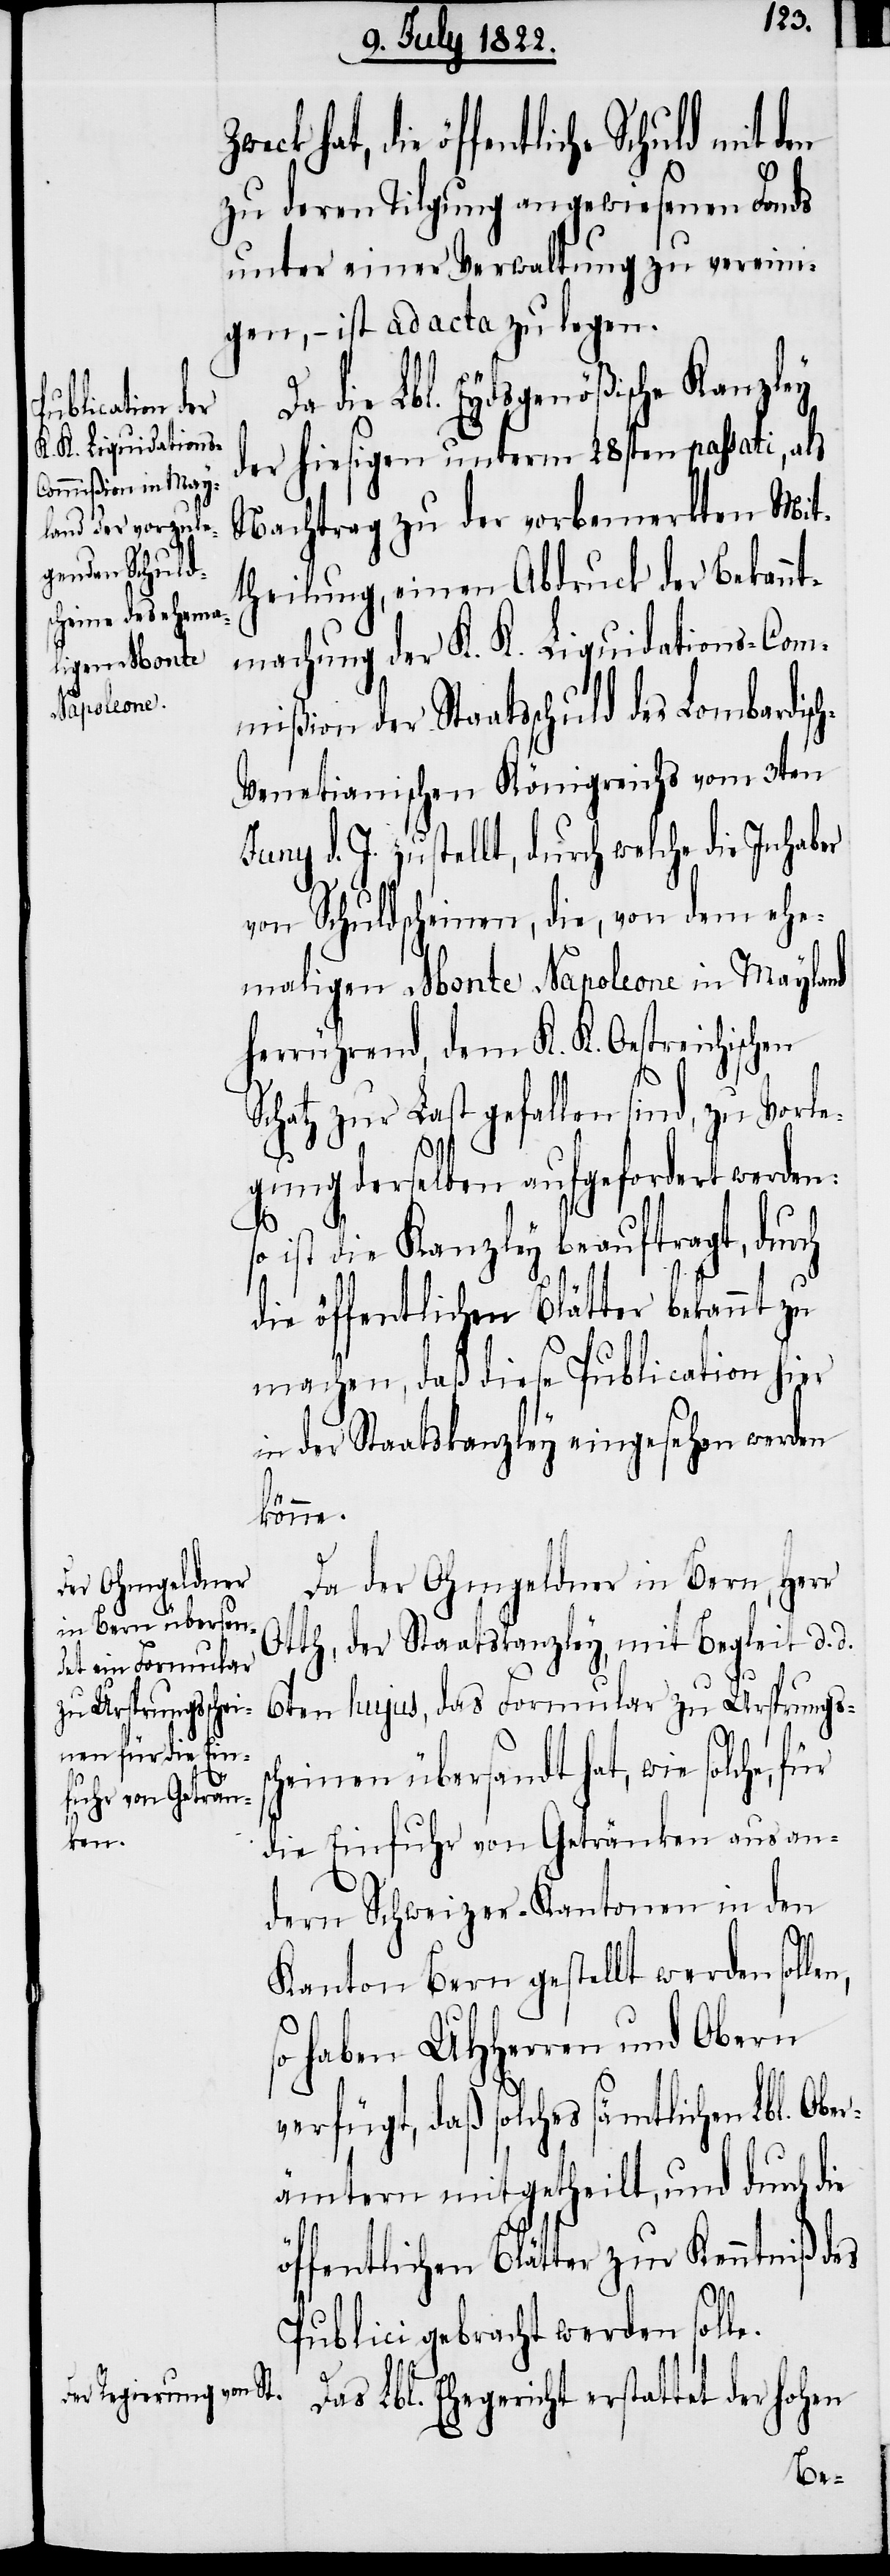
schen Sc¬
Ober¬

hat, die öffentliche Schuld mit
zu deren Tilgung angewiesenen Fonds
unter einer Verwaltung zu vereini¬
gen, – ist ad acta zu legen.
die Lbl. Eydsgenößische Kanzley
der hiesigen unterm 28sten passati, als
Nachtrag zu der vorbemerkten Mit¬
theilung, einen Abdruck der Bekannt¬
machung der K. K. Liquidations-Com¬
mißion der Staatsschuld des Lombardisc¬
h-Venetianischen Königreichs vom 3ten
d. J. zustellt, durch welche die Inhaber
von Schuldscheinen, die, von dem ehe¬
maligen Monte Napoleone in Mayland
herrührend, dem K. K. Oesterreichi¬
hatz zur Last gefallen sind, zu Vorl¬
egung derselben aufgefordert werden:
ist die Kanzley beauftragt, durch
die öffentlichen Blätter bekannt zu
machen, daß diese Publication hier
in der Staatskanzley eingesehen werden
könne.
Da der Ohmgeldner in Bern, Herr
Otth, der Staatskanzley, mit Begleit d. d.
D¬
6ten hujus, das Formular zu Ursprungs¬
scheinen übersandt hat, wie solche,
die Einfuhr von Getränken aus an¬
dern Schweizer-Kantonen in den
n,
Kanton Bern gestellt werden solle¬
so haben UHHerrn und Obern
verfügt, daß solches sämtlichen Lbl.
ämtern mitgetheilt, und durch die
öffentlichen Blätter zu Kenntniß des
Publici gebracht werden solle.
as Lbl. Ehegericht erstattet der hohen